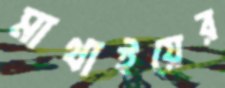
মাথাইয়ের